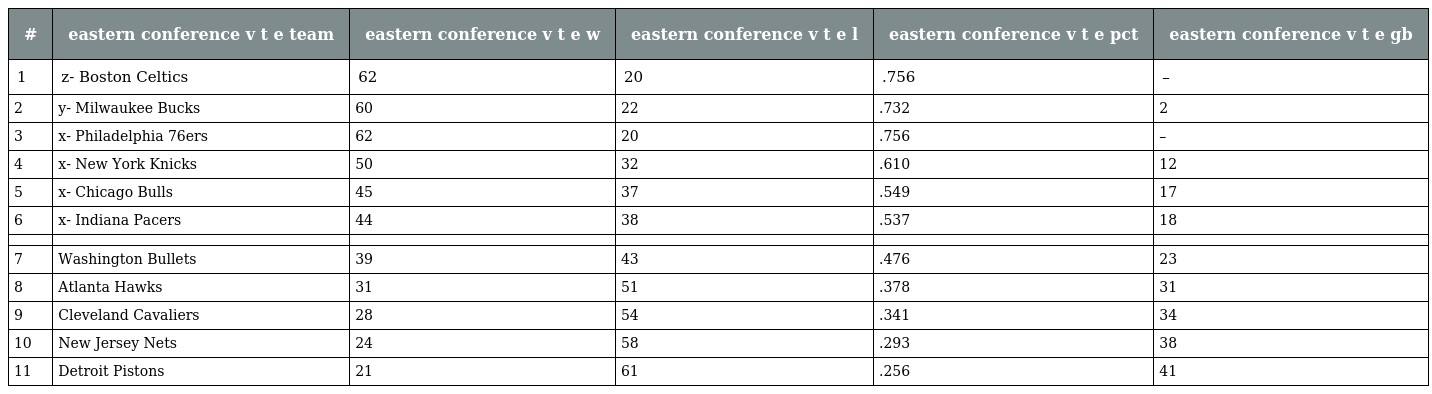
| # | eastern conference v t e team | eastern conference v t e w | eastern conference v t e l | eastern conference v t e pct | eastern conference v t e gb |
 | --- | --- | --- | --- | --- | --- |
 | 1 | z- Boston Celtics | 62 | 20 | .756 | – |
 | 2 | y- Milwaukee Bucks | 60 | 22 | .732 | 2 |
 | 3 | x- Philadelphia 76ers | 62 | 20 | .756 | – |
 | 4 | x- New York Knicks | 50 | 32 | .610 | 12 |
 | 5 | x- Chicago Bulls | 45 | 37 | .549 | 17 |
 | 6 | x- Indiana Pacers | 44 | 38 | .537 | 18 |
 |  |  |  |  |  |  |
 | 7 | Washington Bullets | 39 | 43 | .476 | 23 |
 | 8 | Atlanta Hawks | 31 | 51 | .378 | 31 |
 | 9 | Cleveland Cavaliers | 28 | 54 | .341 | 34 |
 | 10 | New Jersey Nets | 24 | 58 | .293 | 38 |
 | 11 | Detroit Pistons | 21 | 61 | .256 | 41 |